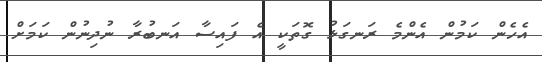
އެހެން ކަމުން އެންމެ ރަނގަޅު ގޮތަކީ އެ ފައިސާ އަނބުރާ ނުދިނުން ކަމަށް